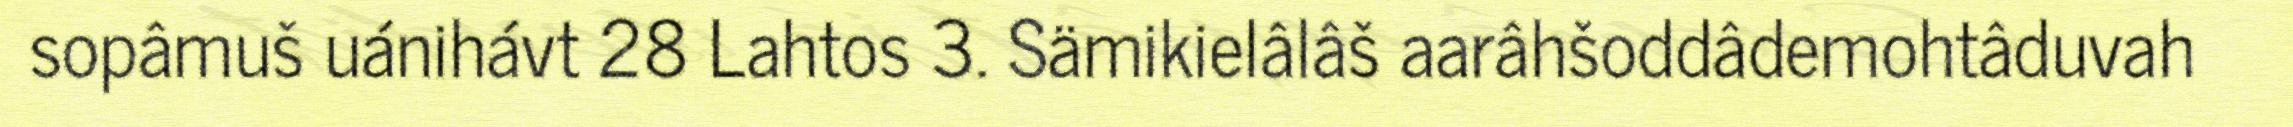
sopâmuš uánihávt 28 Lahtos 3. Sämikielâlâš aarâhšoddâdemohtâduvah